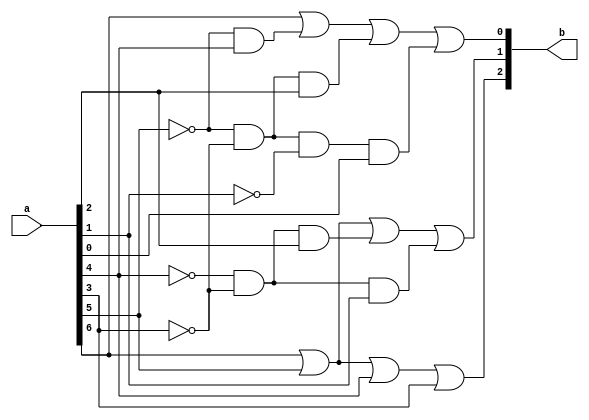
module rom_10(
            a,
            b

);
input wire [6:0] a;
output wire [2:0] b;

assign b[0] = a[6]|(!a[5]&a[4])|(!a[5]&!a[3]&a[2])|(!a[5]&!a[3]&!a[1]&a[0]);
assign b[1] = a[6]|a[5]|(!a[4]&!a[3]&a[2])|(!a[4]&!a[3]&a[1]);
assign b[2] = a[6]|a[5]|a[4]|a[3];

endmodule